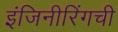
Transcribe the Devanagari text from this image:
इंजिनीरिंगची